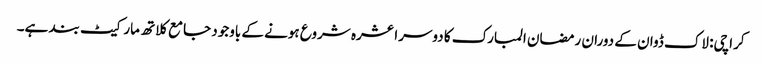
کراچی: لاک ڈوان کے دوران رمضان المبارک کا دوسرا عشرہ شروع ہونے کے باوجود جامع کلاتھ مارکیٹ بند ہے۔